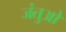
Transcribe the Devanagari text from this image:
जंतुओ